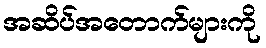
အဆိပ်အတောက်များကို